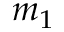
m _ { 1 }